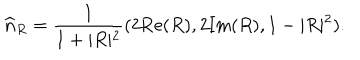
LaTeX: \widehat { \bf n } _ { R } = \frac { 1 } { 1 + \vert R \vert ^ { 2 } } ( 2 \mathrm { R e } ( R ) , 2 \mathrm { I m } ( R ) , 1 - \vert R \vert ^ { 2 } ) .